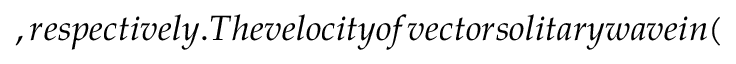
, r e s p e c t i v e l y . T h e v e l o c i t y o f v e c t o r s o l i t a r y w a v e i n (